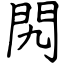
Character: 𨳊